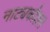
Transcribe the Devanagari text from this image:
नाट्यकौशल